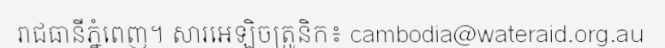
រាជធានីភ្នំពេញ។ សារអេឡិចត្រូនិក៖ cambodia@wateraid.org.au